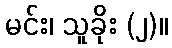
မင်း၊ သူခိုး (၂)။